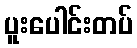
ပူးပေါင်းတပ်